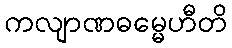
ကလျာဏဓမ္မေဟီတိ